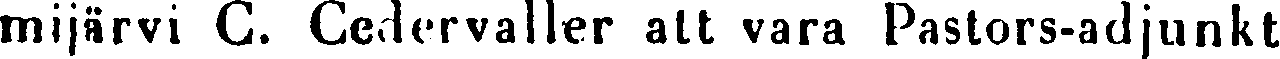
mijärvi G. Cedervaller att vara Pastors-adjunkt